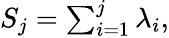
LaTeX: \begin{array}{r}{S_{j}=\sum_{i=1}^{j}\lambda_{i},}\end{array}